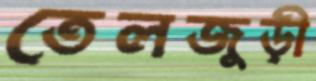
তেলজুড়ী